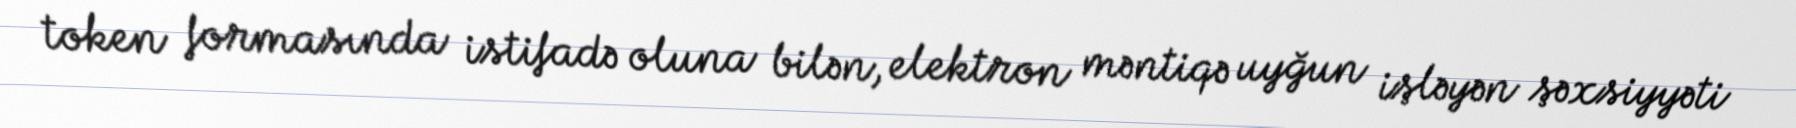
token formasında istifadə oluna bilən, elektron məntiqə uyğun işləyən şəxsiyyəti